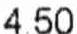
4.50